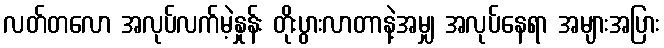
လတ်တလော အလုပ်လက်မဲ့နှုန်း တိုးပွားလာတာနဲ့အမျှ အလုပ်နေရာ အများအပြား